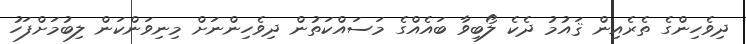
ދިވެހިންގެ ތެރެއިން ޤައުމު ދެކެ ލޯބިވާ ބައެއްގެ މަސައްކަތުން ދިވެހިންނަށް މިނިވަންކަން ލިބުމަށްފަހު